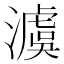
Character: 澞